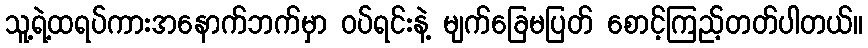
သူ့ရဲ့ထရပ်ကားအနောက်ဘက်မှာ ဝပ်ရင်းနဲ့ မျက်ခြေမပြတ် စောင့်ကြည့်တတ်ပါတယ်။